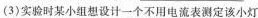
(3)实验时某小组想设计一个不用电流表测定该小灯